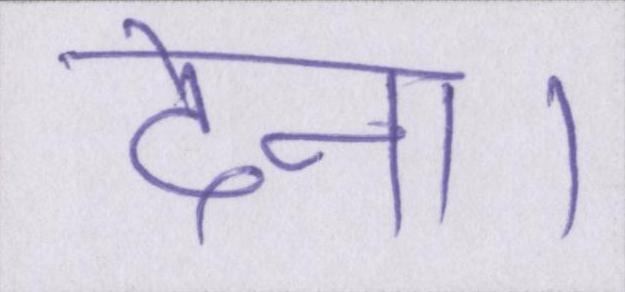
देना।